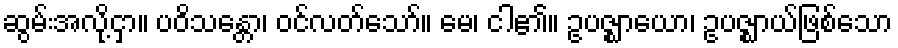
ဆွမ်းအလို့ငှာ။ ပဝိသန္တော၊ ဝင်လတ်သော်။ မေ၊ ငါ၏။ ဥပဇ္ဈာယော၊ ဥပဇ္ဈာယ်ဖြစ်သော